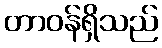
တာဝန်ရှိသည်